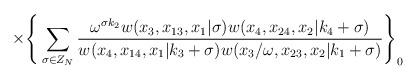
LaTeX: \begin{align*}\times \Bigg\{\sum_{\sigma \in Z_N}\frac{\omega^{\sigma k_2}w(x_3,x_{13},x_1|\sigma)w(x_4,x_{24},x_2|k_4+\sigma)}{w(x_4,x_{14},x_1|k_3+\sigma)w(x_3/\omega,x_{23},x_2|k_1+\sigma)}\Bigg\}_0\end{align*}